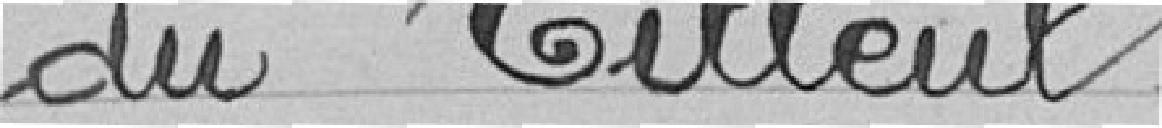
du Tilleul